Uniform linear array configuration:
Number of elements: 4
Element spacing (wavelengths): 0.75
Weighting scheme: cosine
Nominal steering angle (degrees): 30
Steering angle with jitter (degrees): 31.803
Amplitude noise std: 0.05
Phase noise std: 0.05

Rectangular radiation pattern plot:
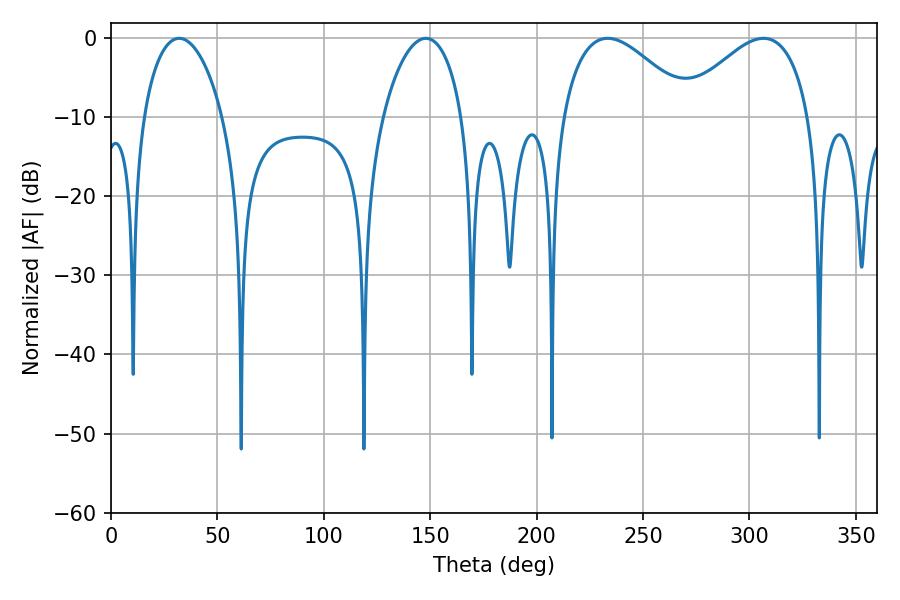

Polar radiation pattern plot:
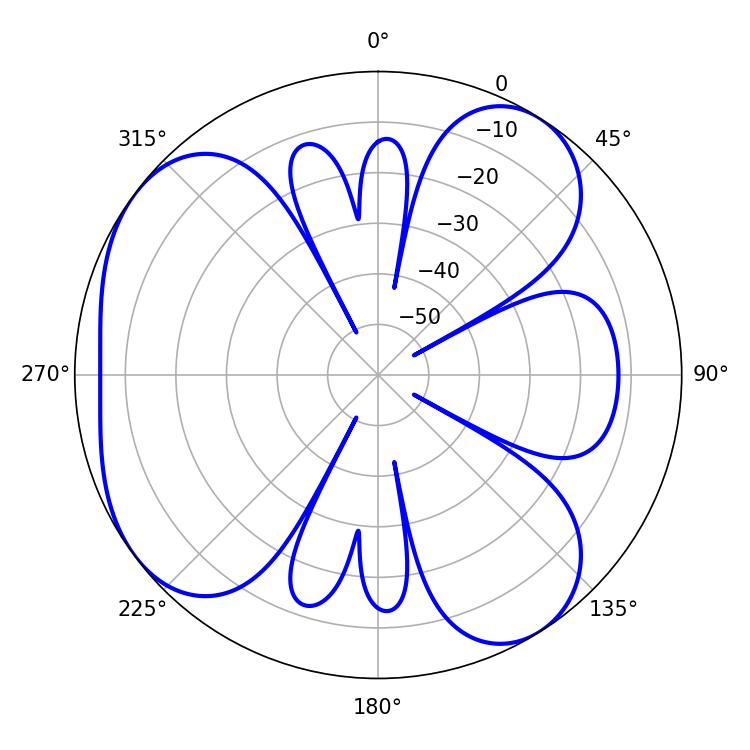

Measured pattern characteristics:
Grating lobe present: TRUE
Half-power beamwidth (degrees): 21.06
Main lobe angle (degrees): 32.04